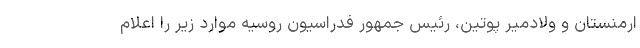
ارمنستان و ولادمیر پوتین، رئیس جمهور فدراسیون روسیه موارد زیر را اعلام